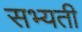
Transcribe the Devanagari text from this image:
सभ्यती